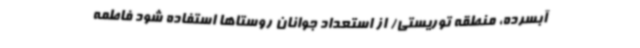
آبسرده، منطقه توریستی/ از استعداد جوانان روستاها استفاده شود فاطمه